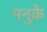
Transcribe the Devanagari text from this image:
मनुके